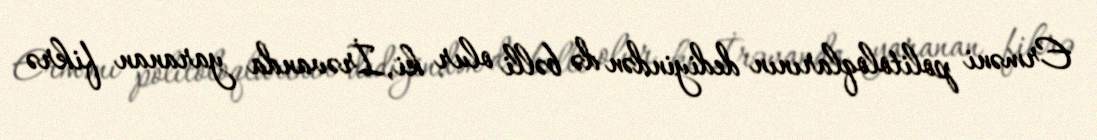
Erməni politoloqlarının dediyindən də bəlli olur ki, İrəvanda yaranan fikrə